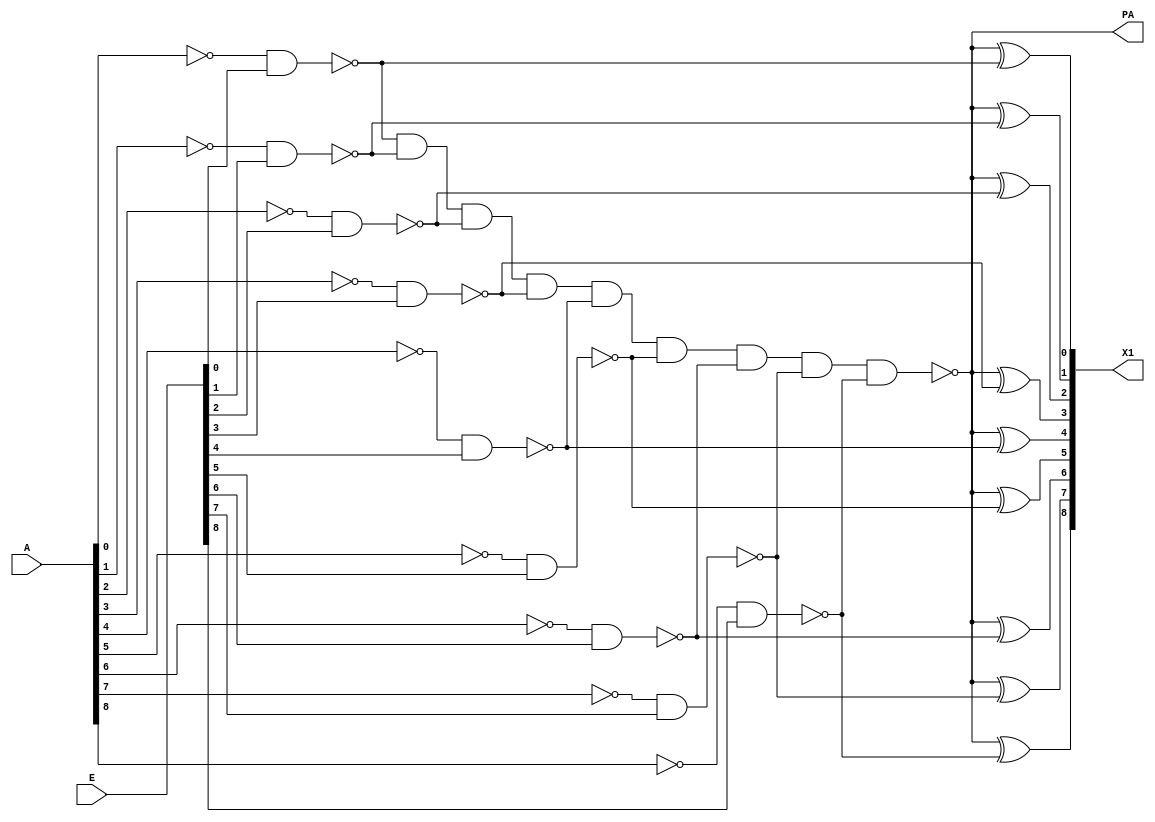
module PriorityA(E, A, PA, X1);

  input[8:0] E, A;
  output     PA;
  output[8:0] X1;
  
  wire [8:0] Ab, EAb;

  not Ab0(Ab[0], A[0]);
  not Ab1(Ab[1], A[1]);
  not Ab2(Ab[2], A[2]);
  not Ab3(Ab[3], A[3]);
  not Ab4(Ab[4], A[4]);
  not Ab5(Ab[5], A[5]);
  not Ab6(Ab[6], A[6]);
  not Ab7(Ab[7], A[7]);
  not Ab8(Ab[8], A[8]);
    
  nand EAb0(EAb[0], Ab[0], E[0]); 
  nand EAb1(EAb[1], Ab[1], E[1]); 
  nand EAb2(EAb[2], Ab[2], E[2]); 
  nand EAb3(EAb[3], Ab[3], E[3]); 
  nand EAb4(EAb[4], Ab[4], E[4]); 
  nand EAb5(EAb[5], Ab[5], E[5]); 
  nand EAb6(EAb[6], Ab[6], E[6]); 
  nand EAb7(EAb[7], Ab[7], E[7]); 
  nand EAb8(EAb[8], Ab[8], E[8]); 

  and PAigate(PAi,EAb[0],EAb[1],EAb[2],EAb[3],EAb[4],EAb[5],EAb[6],EAb[7]);
  nand PAgate(PA,PAi,EAb[8]);

  xor X10(X1[0], PA, EAb[0]);
  xor X11(X1[1], PA, EAb[1]);
  xor X12(X1[2], PA, EAb[2]);
  xor X13(X1[3], PA, EAb[3]);
  xor X14(X1[4], PA, EAb[4]);
  xor X15(X1[5], PA, EAb[5]);
  xor X16(X1[6], PA, EAb[6]);
  xor X17(X1[7], PA, EAb[7]);
  xor X18(X1[8], PA, EAb[8]);

endmodule /* PriorityA */